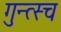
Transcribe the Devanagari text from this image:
गुन्त्स्च